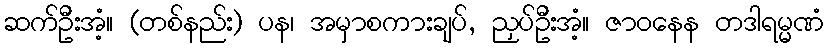
ဆက်ဦးအံ့။ (တစ်နည်း) ပန၊ အမှာစကားချပ်, ညှပ်ဦးအံ့။ ဇာဝနေန တဒါရမ္မဏံ